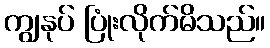
ကျွနုပ် ပြုံးလိုက်မိသည်။